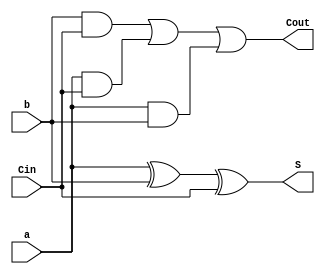
`timescale 1ns / 1ps
//////////////////////////////////////////////////////////////////////////////////
// Company: 
// Engineer: 
// 
// Design Name: 
// Module Name: adder
// Project Name: 
// Target Devices: 
// Tool Versions: 
// Description: 
// 
// Dependencies: 
// 
// Revision:
// Revision 0.01 - File Created
// Additional Comments:
// 
//////////////////////////////////////////////////////////////////////////////////


module adder(
    input a, b, Cin,
    output S, Cout
);
    assign Cout = (b&Cin) | (a&Cin) | (a&b);
    assign S = (a ^ b ^ Cin);
endmodule